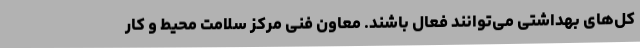
کل‌های بهداشتی می‌توانند فعال باشند. معاون فنی مرکز سلامت محیط و کار